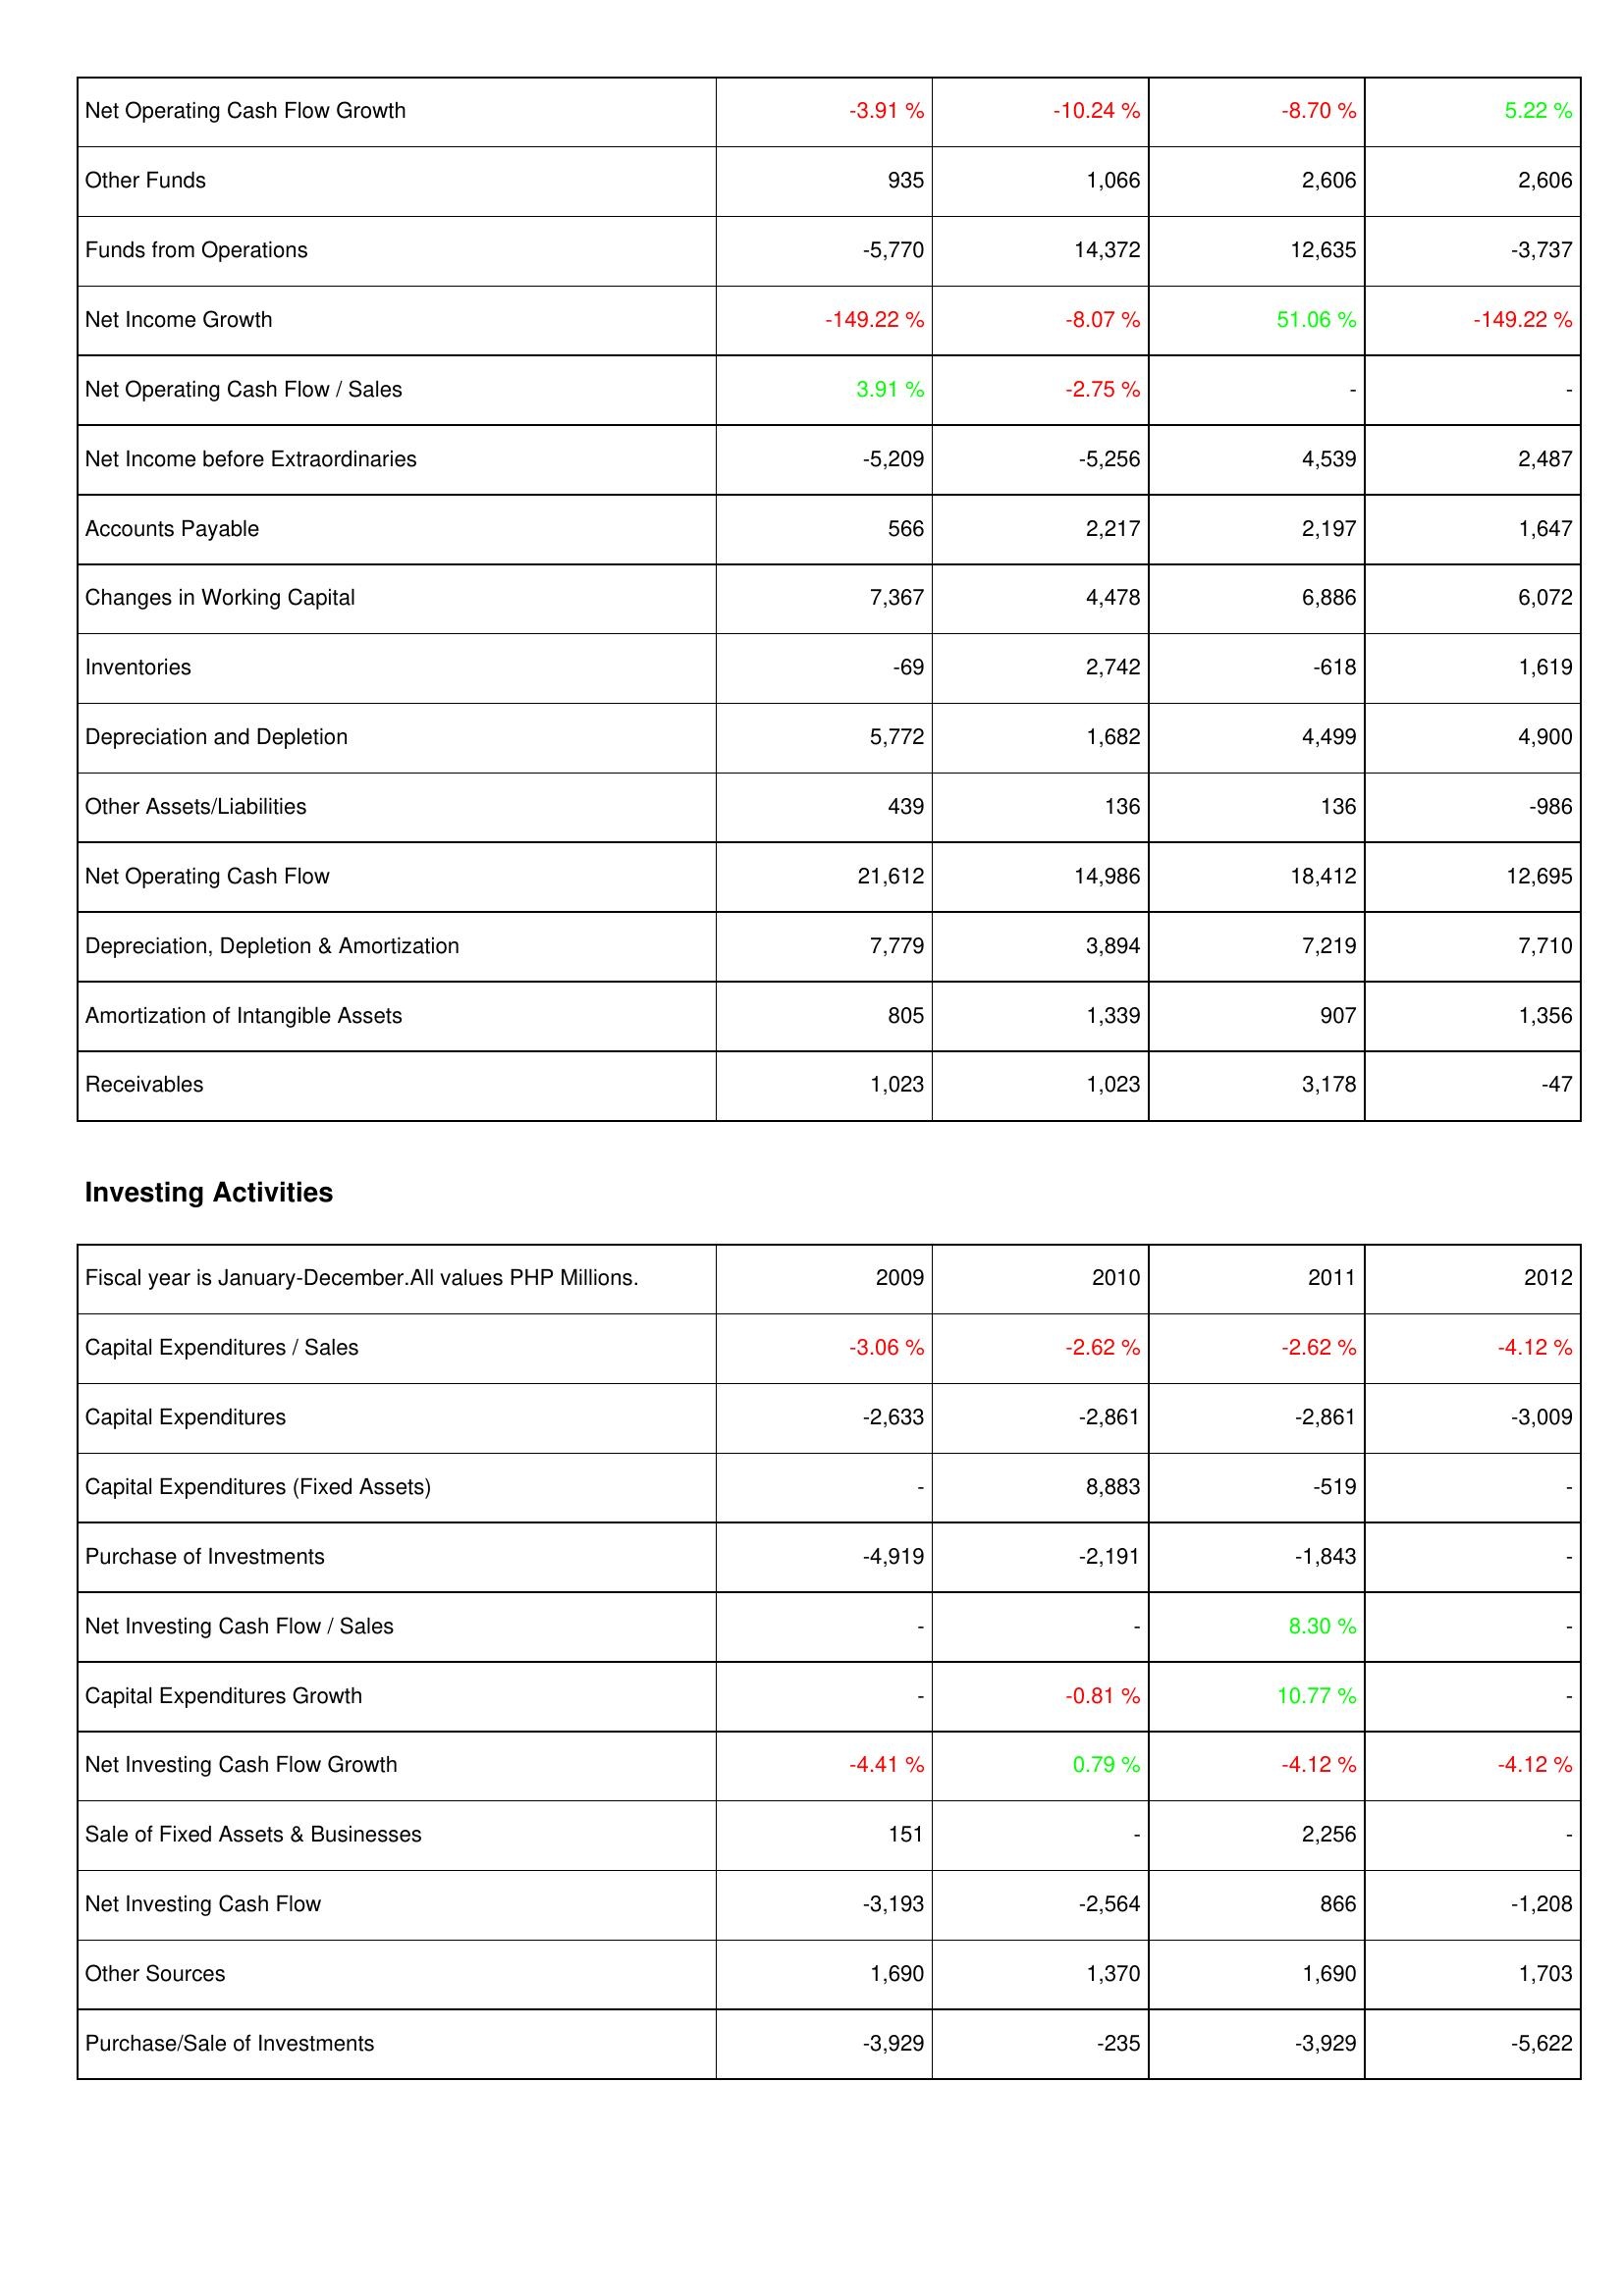
2009: Operating Activities: Net Operating Cash Flow Growth: -3.91 %
Other Funds: 935
Funds from Operations: -5,770
Net Income Growth: -149.22 %
Net Operating Cash Flow / Sales: 3.91 %
Net Income before Extraordinaries: -5,209
Accounts Payable: 566
Changes in Working Capital: 7,367
Inventories: -69
Depreciation and Depletion: 5,772
Other Assets/Liabilities: 439
Net Operating Cash Flow: 21,612
Depreciation, Depletion & Amortization: 7,779
Amortization of Intangible Assets: 805
Receivables: 1,023
Investing Activities: Capital Expenditures / Sales: -3.06 %
Capital Expenditures: -2,633
Capital Expenditures (Fixed Assets): -
Purchase of Investments: -4,919
Net Investing Cash Flow / Sales: -
Capital Expenditures Growth: -
Net Investing Cash Flow Growth: -4.41 %
Sale of Fixed Assets & Businesses: 151
Net Investing Cash Flow: -3,193
Other Sources: 1,690
Purchase/Sale of Investments: -3,929
2010: Operating Activities: Net Operating Cash Flow Growth: -10.24 %
Other Funds: 1,066
Funds from Operations: 14,372
Net Income Growth: -8.07 %
Net Operating Cash Flow / Sales: -2.75 %
Net Income before Extraordinaries: -5,256
Accounts Payable: 2,217
Changes in Working Capital: 4,478
Inventories: 2,742
Depreciation and Depletion: 1,682
Other Assets/Liabilities: 136
Net Operating Cash Flow: 14,986
Depreciation, Depletion & Amortization: 3,894
Amortization of Intangible Assets: 1,339
Receivables: 1,023
Investing Activities: Capital Expenditures / Sales: -2.62 %
Capital Expenditures: -2,861
Capital Expenditures (Fixed Assets): 8,883
Purchase of Investments: -2,191
Net Investing Cash Flow / Sales: -
Capital Expenditures Growth: -0.81 %
Net Investing Cash Flow Growth: 0.79 %
Sale of Fixed Assets & Businesses: -
Net Investing Cash Flow: -2,564
Other Sources: 1,370
Purchase/Sale of Investments: -235
2011: Operating Activities: Net Operating Cash Flow Growth: -8.70 %
Other Funds: 2,606
Funds from Operations: 12,635
Net Income Growth: 51.06 %
Net Operating Cash Flow / Sales: -
Net Income before Extraordinaries: 4,539
Accounts Payable: 2,197
Changes in Working Capital: 6,886
Inventories: -618
Depreciation and Depletion: 4,499
Other Assets/Liabilities: 136
Net Operating Cash Flow: 18,412
Depreciation, Depletion & Amortization: 7,219
Amortization of Intangible Assets: 907
Receivables: 3,178
Investing Activities: Capital Expenditures / Sales: -2.62 %
Capital Expenditures: -2,861
Capital Expenditures (Fixed Assets): -519
Purchase of Investments: -1,843
Net Investing Cash Flow / Sales: 8.30 %
Capital Expenditures Growth: 10.77 %
Net Investing Cash Flow Growth: -4.12 %
Sale of Fixed Assets & Businesses: 2,256
Net Investing Cash Flow: 866
Other Sources: 1,690
Purchase/Sale of Investments: -3,929
2012: Operating Activities: Net Operating Cash Flow Growth: 5.22 %
Other Funds: 2,606
Funds from Operations: -3,737
Net Income Growth: -149.22 %
Net Operating Cash Flow / Sales: -
Net Income before Extraordinaries: 2,487
Accounts Payable: 1,647
Changes in Working Capital: 6,072
Inventories: 1,619
Depreciation and Depletion: 4,900
Other Assets/Liabilities: -986
Net Operating Cash Flow: 12,695
Depreciation, Depletion & Amortization: 7,710
Amortization of Intangible Assets: 1,356
Receivables: -47
Investing Activities: Capital Expenditures / Sales: -4.12 %
Capital Expenditures: -3,009
Capital Expenditures (Fixed Assets): -
Purchase of Investments: -
Net Investing Cash Flow / Sales: -
Capital Expenditures Growth: -
Net Investing Cash Flow Growth: -4.12 %
Sale of Fixed Assets & Businesses: -
Net Investing Cash Flow: -1,208
Other Sources: 1,703
Purchase/Sale of Investments: -5,622